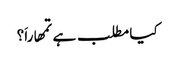
کیا مطلب ہے تمھاراَ؟